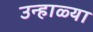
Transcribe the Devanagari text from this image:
उन्हाळ्या